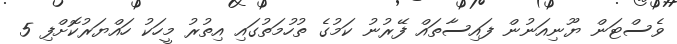
ވެސްޓަން ޔޫނިއަނުން ފައިސާތައް ފޭރުނު ކަމުގެ ތުހުމަތުގައި އިތުރު މީހަކު ހައްޔަރުކޮށްފި 5